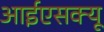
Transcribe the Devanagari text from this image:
आईएसक्यू